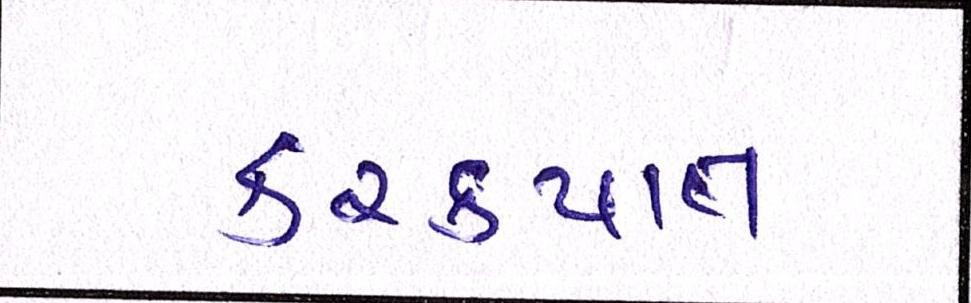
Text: કરકપાત